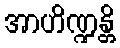
အာဟိဏ္ဍန္တိ